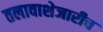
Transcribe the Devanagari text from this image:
तलावाशेजारीच